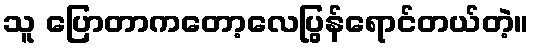
သူ ပြောတာကတော့လေပြွန်ရောင်တယ်တဲ့။